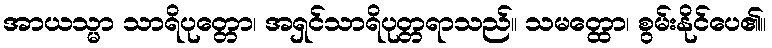
အာယသ္မာ သာရိပုတ္တော၊ အရှင်သာရိပုတ္တရာသည်။ သမတ္ထော၊ စွမ်းနိုင်ပေ၏။